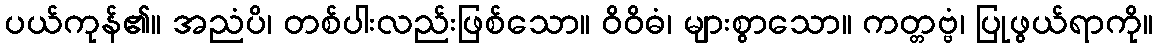
ပယ်ကုန်၏။ အညံပိ၊ တစ်ပါးလည်းဖြစ်သော။ ဝိဝိဓံ၊ များစွာသော။ ကတ္တဗ္ဗံ၊ ပြုဖွယ်ရာကို။